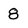
Character: 8